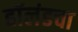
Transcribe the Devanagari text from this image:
हॉलंडचा